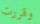
وقررت